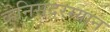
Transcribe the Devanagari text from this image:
व्हेनिसदरम्यान